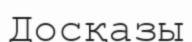
Досқазы